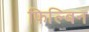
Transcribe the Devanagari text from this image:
फिल्बिन